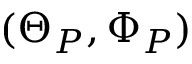
( \Theta _ { P } , \Phi _ { P } )